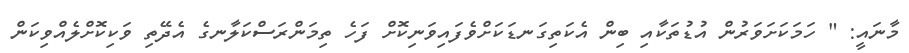
މާނައީ: " ހަމަކަށަވަރުން އުޑުތަކާއި ބިން އެކަތިގަނޑަކަށްވެފައިވަނިކޮށް ފަހެ ތިމަންރަސްކަލާނގެ އެދޭތި ވަކިކޮށްލެއްވިކަން